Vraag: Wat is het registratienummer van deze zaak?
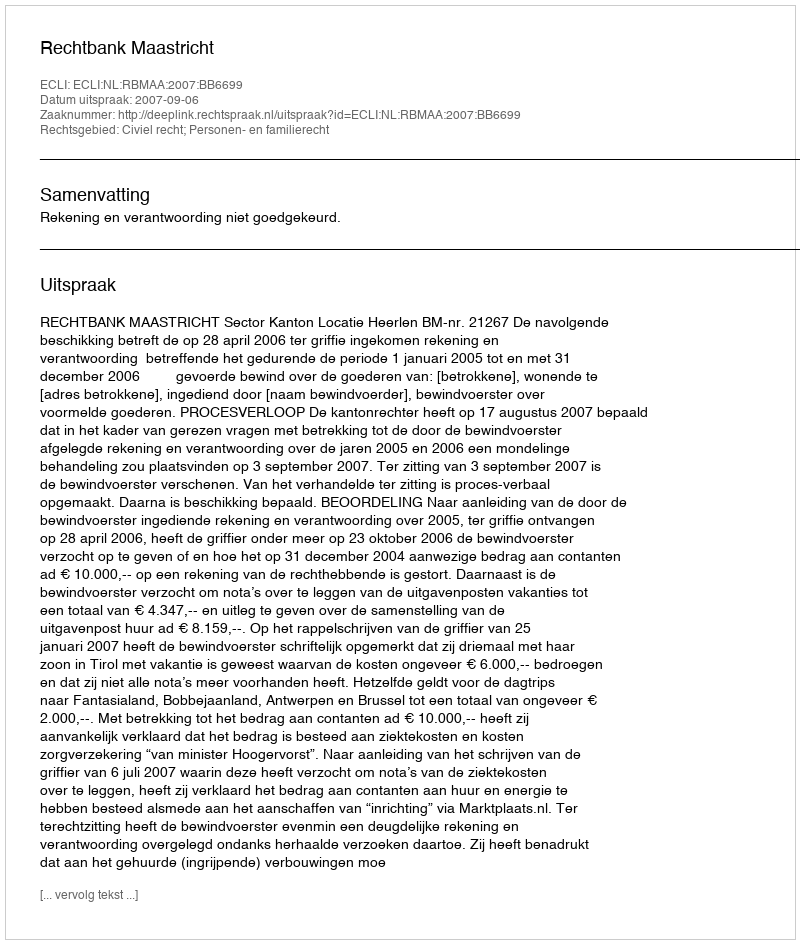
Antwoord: http://deeplink.rechtspraak.nl/uitspraak?id=ECLI:NL:RBMAA:2007:BB6699